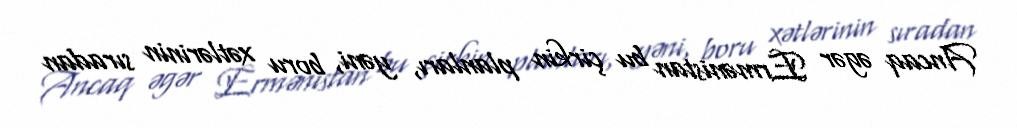
Ancaq əgər Ermənistan bu çirkin planları, yəni, boru xətlərinin sıradan